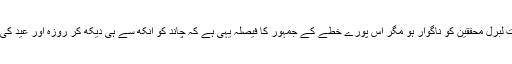
’خواہ یہ بات لبرل محققین کو ناگوار ہو مگر اس پورے خطے کے جمہور کا فیصلہ یہی ہے کہ چاند کو آنکھ سے ہی دیکھ کر روزہ اور عید کی جائے گی۔